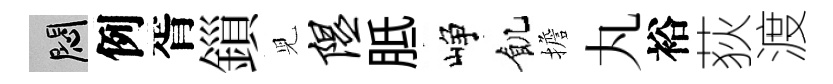
悶例胥鎻児隰胝峥飢擔丸裕荻渡